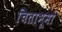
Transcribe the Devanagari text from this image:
चिताभूमौ